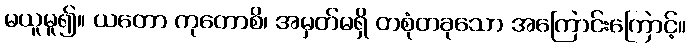
မယူမူ၍။ ယတော ကုတောစိ၊ အမှတ်မရှိ တစုံတခုသော အကြောင်းကြောင့်။